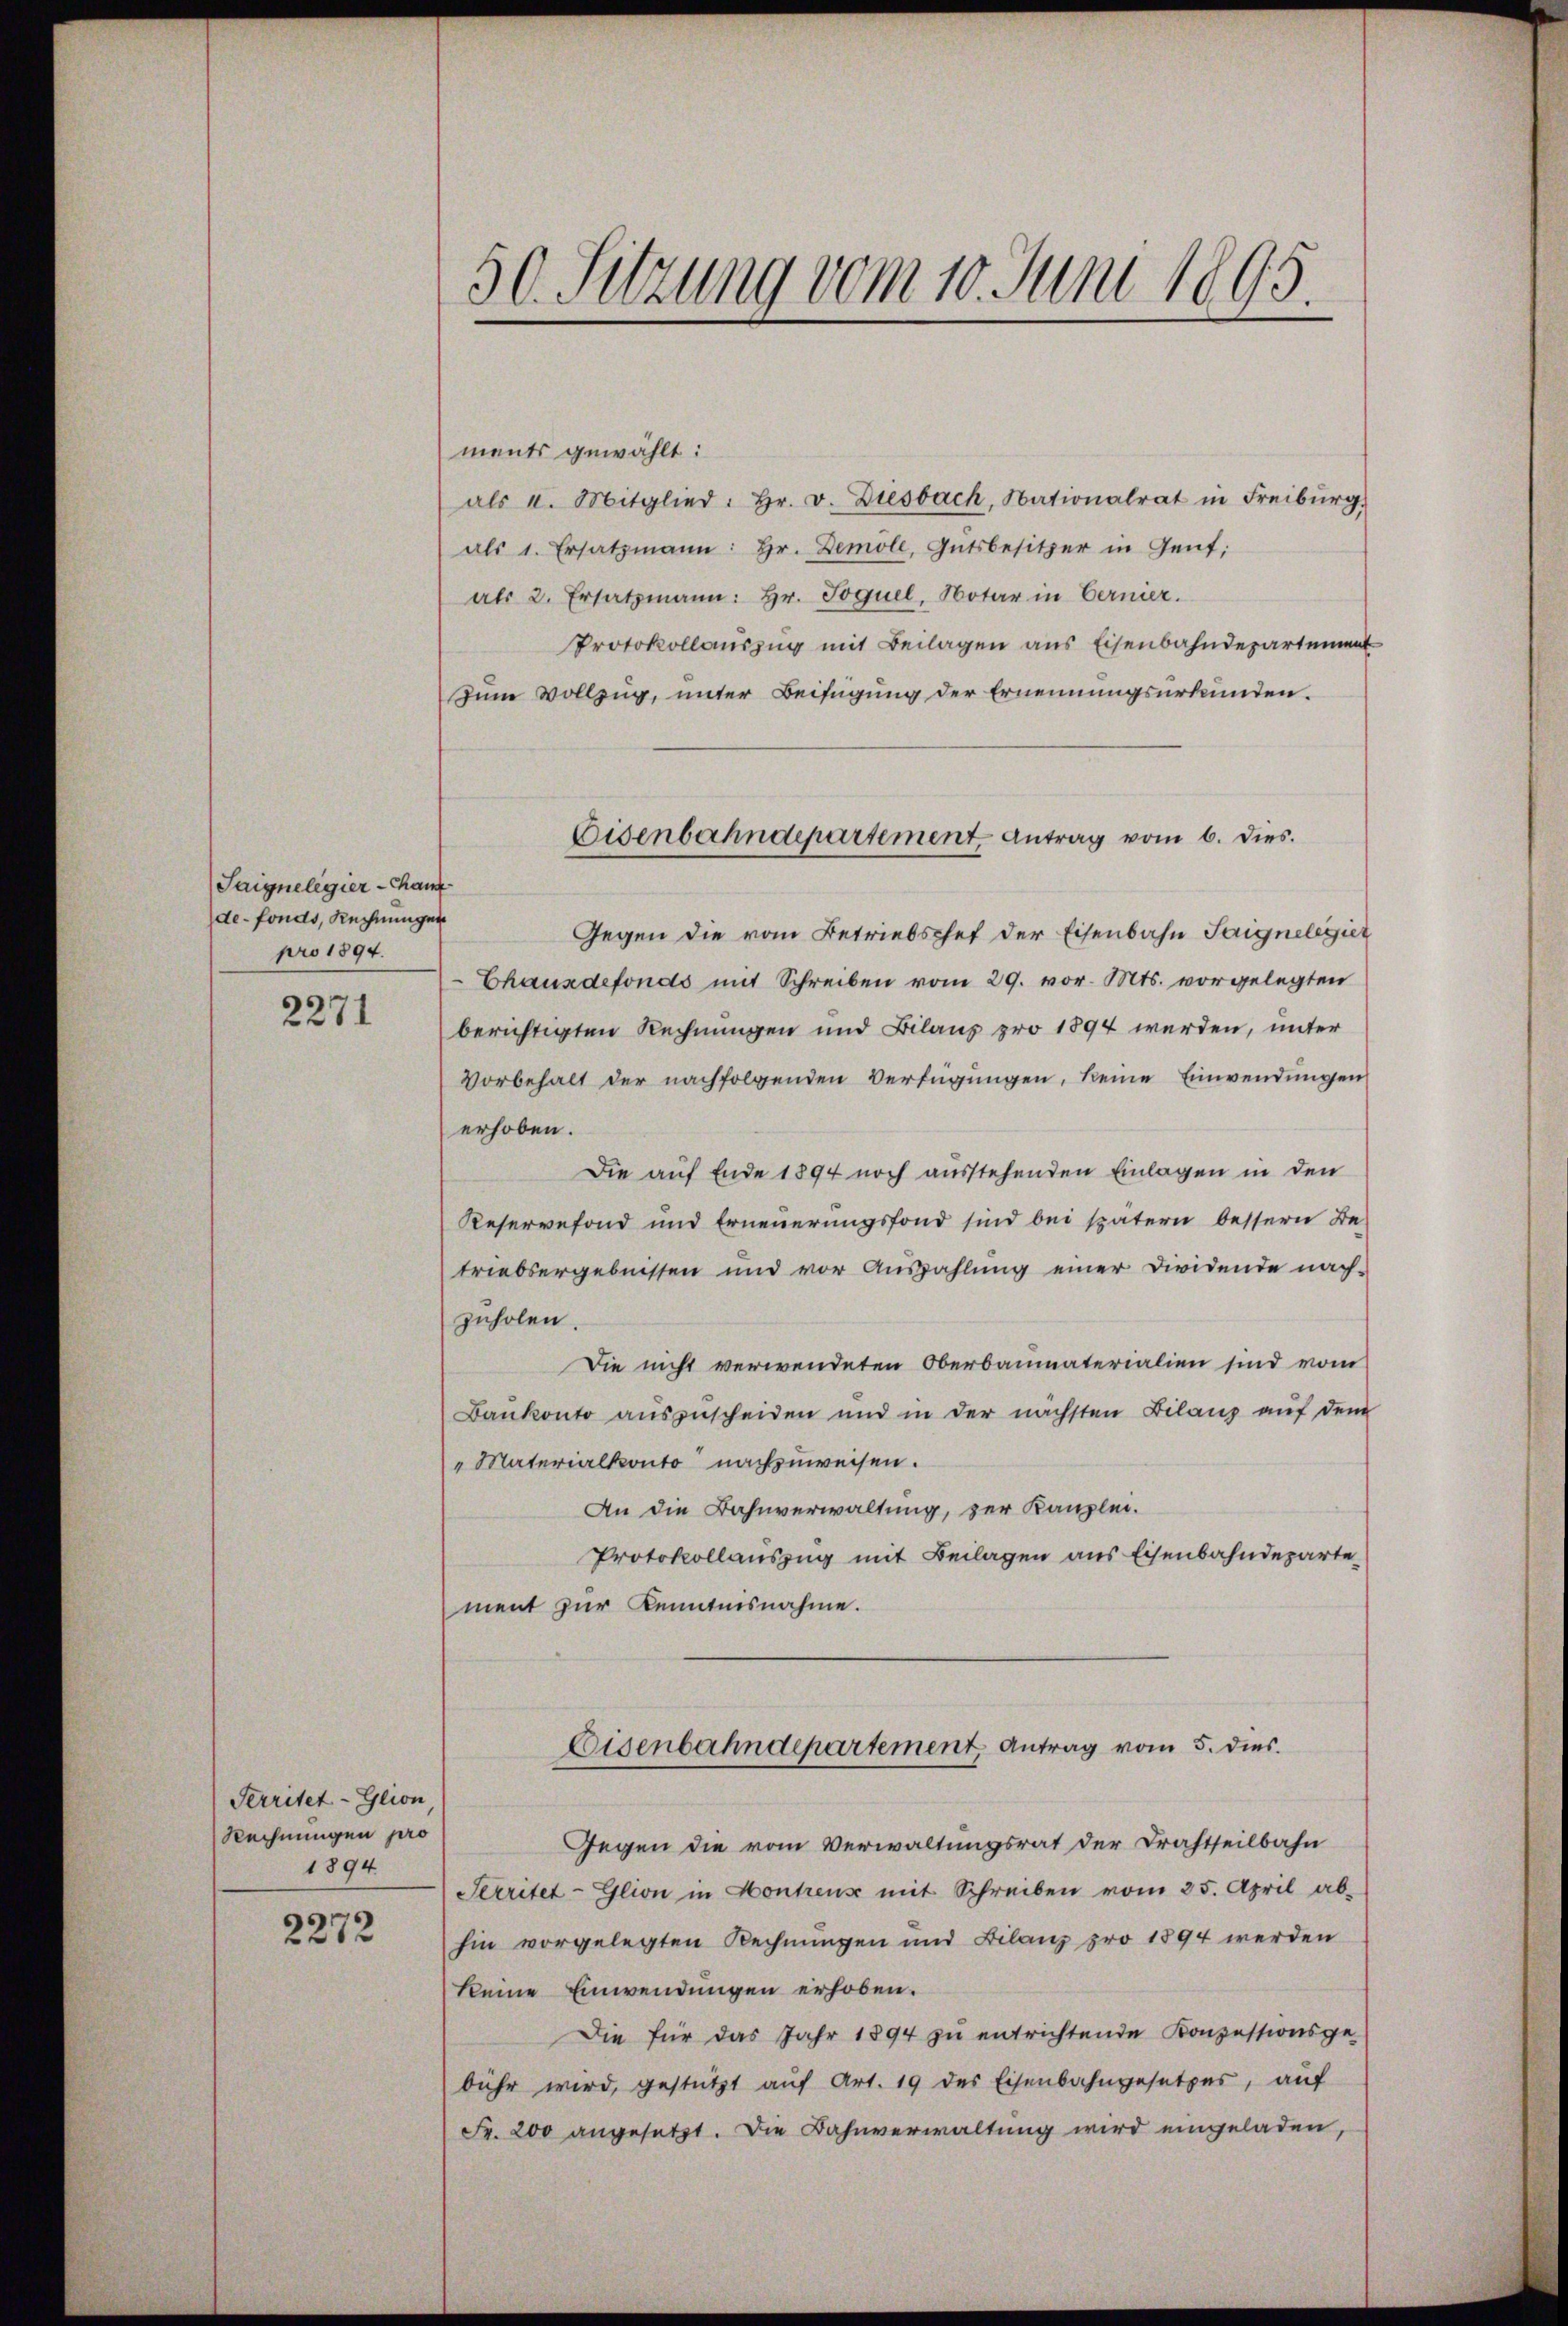
Saigneligier-Canz
de-fonds, Rechnungen
pro 1894.

2271

Serritet-Glion
Rechnungen pro
1894

2272

50. Sitzung vom 10. Juni 1895.

ments gewählt:
als u. Mitglied: hr. v. Diesbach, Nationalrat in Freiburg.
als 1. Ersatzmann: hr. Demole, Gutsbesitzer in Gent;
als 2. Ersatzmann: Hr. Joquel, Notar in Vermer.
Protokollauszug mit Beilagen aus Eisenbahndepartement
Zum Vollzug, unter Beifügung der Ernennungsurkunden.
Gegen die vom Betriebschef der Eisenbahn Saignelegier
Chauxdefonds mit Schreiben vom 29. vor. Mts. vorgelegten
berichtigten Rechnungen und Bilanz pro 1894 werden, unter
Vorbehalt der nachfolgenden Verfügungen, keine Einwendungen
erhoben.
Die auf Ende 1894 noch ausstehenden Einlagen in den
Reservefond und Erneuerungsfond sind bei spätern bessern Be-
triebsergebnissen und vor Auszahlung einer Dividende nach-
zuholen.
Die nicht verwendeten Oberbaumaterialien sind vom
Bankonto aŭszŭscheiden und in der nächsten Bilanz aŭf dem
" Materialkonto nachzuweisen.
An die Bahnverwaltung, zur Kanzlei.
Protokollauszug mit Beilagen aus Eisenbahndeparte
ment zur Kenntnisnahme.
Eisenbahndepartement, Antrag vom 5. dies
Gegen die vom Verwaltungsrat der Drahtseilbahn
Serritet-Glion in Hontrens mit Schreiben vom 25. April ab-
hin vorgelegten Rechnungen und Bilanz pro 1894 werden
keine Einwendungen erhoben.
Die für das Jahr 1894 zu entrichtende Konzessionsge-
bühr wird, gestützt auf Art. 19 des Eisenbahngesetzes, auf
Fr. 200 angesetzt. Die Bahnverwaltung wird eingeladen,

Eisenbahndepartement, Antrag vom 6. dies.